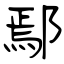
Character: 鄢